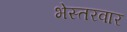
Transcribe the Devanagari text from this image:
भेस्तरवार